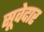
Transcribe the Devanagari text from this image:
सूवेदार